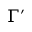
\Gamma ^ { \prime }